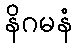
နိဂမနံ